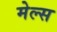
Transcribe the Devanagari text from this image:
मेल्स